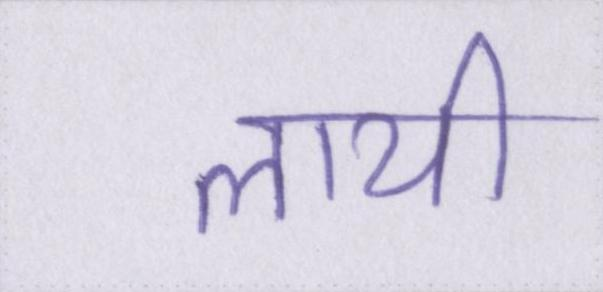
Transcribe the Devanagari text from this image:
लायी